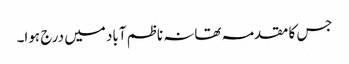
جس کا مقدمہ تھانہ ناظم آباد میں درج ہوا۔